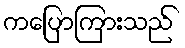
ကပြောကြားသည်